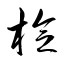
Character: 棯